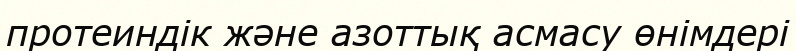
протеиндік және азоттық асмасу өнімдері